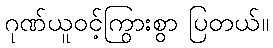
ဂုဏ်ယူဝင့်ကြွားစွာ ပြတယ်။